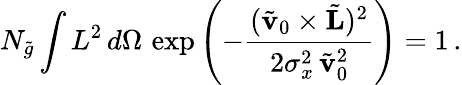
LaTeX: N_{\tilde{g}}\int L^{2}\, d\Omega\, \exp\left(-\frac{(\tilde{\mathbf v}_{0}\times\tilde{\mathbf L})^{2}}{2\sigma_{x}^{2}\, \tilde{\mathbf v}_{0}^{2}}\right)=1\, .